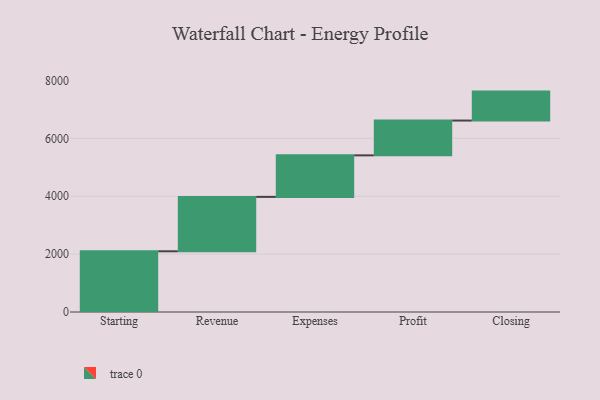
{"axis": {"x": "Step", "y": "Value"}, "legend": [""], "data": [{"x": "Starting", "y": 2097.0, "type": ""}, {"x": "Revenue", "y": 1879.0, "type": ""}, {"x": "Expenses", "y": 1435.0, "type": ""}, {"x": "Profit", "y": 1202.0, "type": ""}, {"x": "Closing", "y": 1000, "type": ""}]}